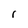
Character: l